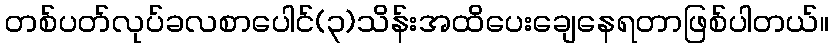
တစ်ပတ်လုပ်ခလစာပေါင်(၃)သိန်းအထိပေးချေနေရတာဖြစ်ပါတယ်။